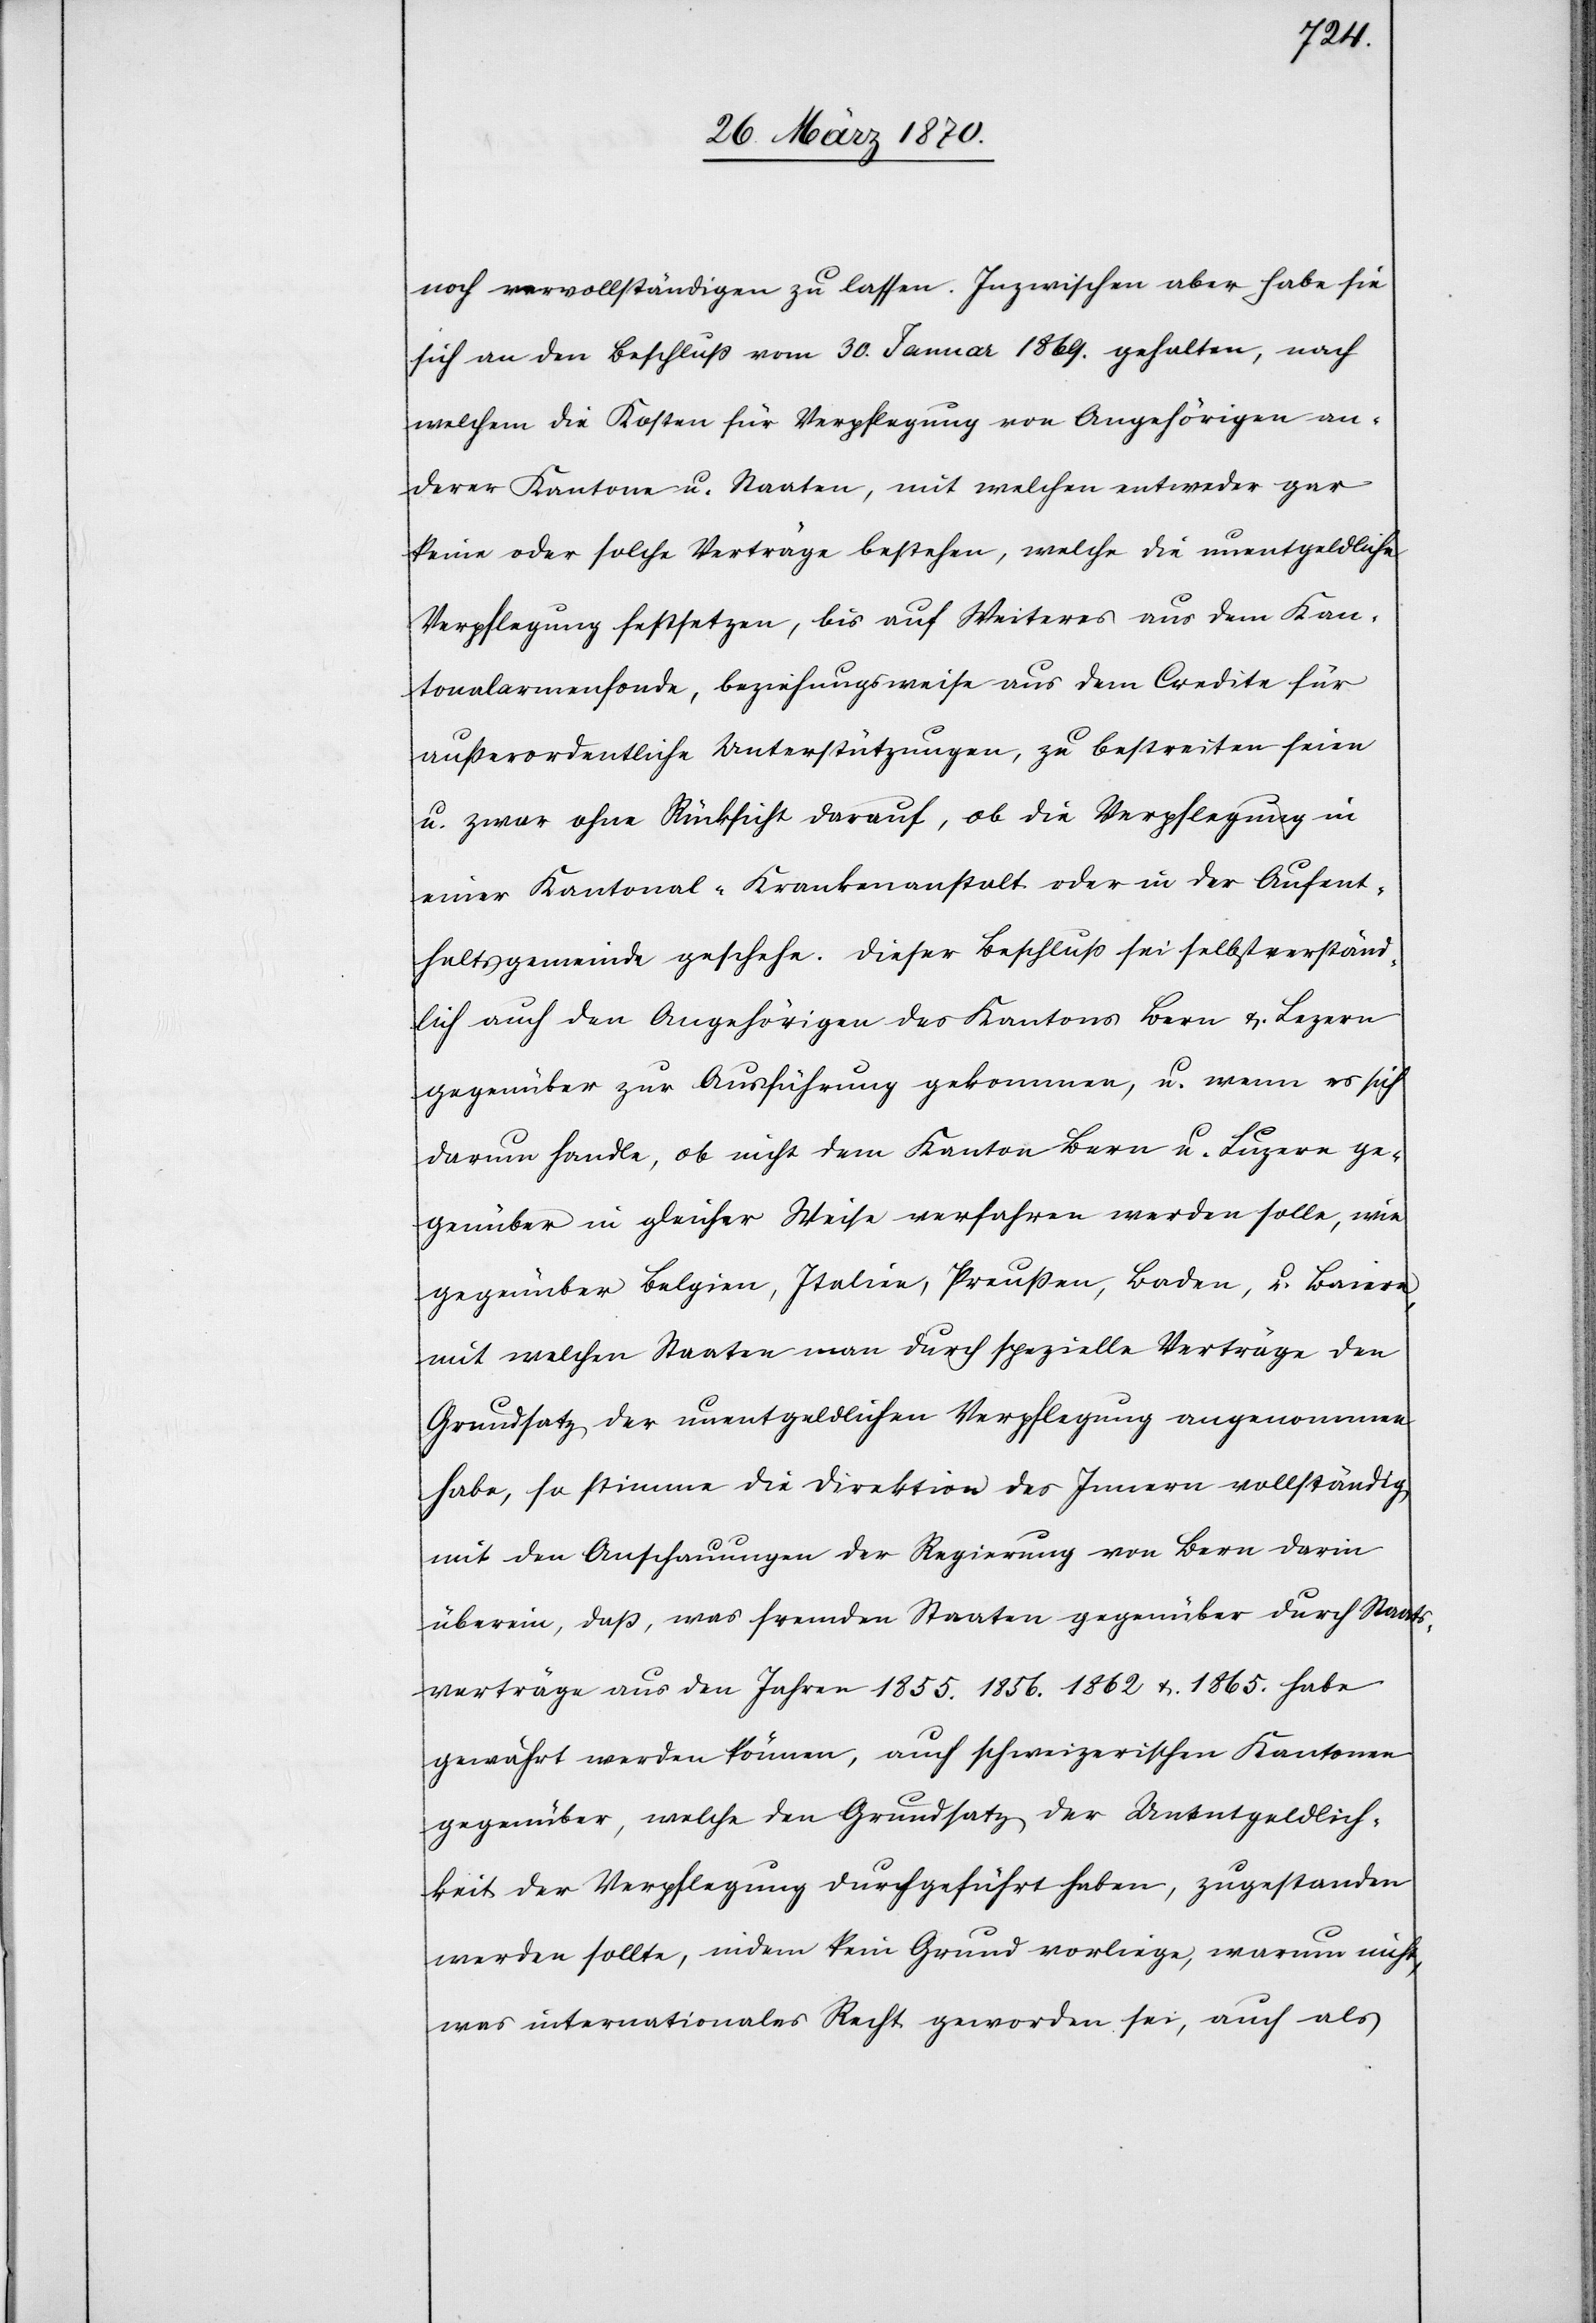
noch vervollständigen zu lassen. Inzwischen aber habe sie
sich an den Beschluß vom 30. Januar 1869. gehalten, nach
welchem die Kosten für Verpflegung von Angehörigen an¬
derer Kantone u. Staaten, mit welchen entweder gar
keine oder solche Verträge bestehen, welche die unentgeldliche
Verpflegung festsetzen, bis auf Weiteres aus dem Kan¬
tonalarmenfonde, beziehungsweise aus dem Credite für
außerordentliche Unterstützungen, zu bestreiten seien
u. zwar ohne Rücksicht darauf, ob die Verpflegung in
einer Kantonal-Krankenanstalt oder in der Aufent¬
haltsgemeinde geschehe. Dieser Beschluß sei selbstverständ¬
lich auch den Angehörigen des Kantons Bern & Lezern
gegenüber zur Ausführung gekommen, u. wenn es sich
darum handle, ob nicht dem Kanton Bern u. Luzern ge¬
genüber in gleicher Weise verfahren werden solle, wie
gegenüber Belgien, Italien, Preußen, Baden, u. Baiern,
mit welchen Staaten man durch spezielle Verträge den
Grundsatz der unentgeldlichen Verpflegung angenommen
habe, so stimme die Direktion des Innern vollständig
mit den Anschauungen der Regierung von Bern darin
überein, daß, was fremden Staaten gegenüber durch Staats¬
verträge aus den Jahren 1855. 1856. 1862 & 1865. habe
gewährt werden können, auch schweizerischen Kantonen
gegenüber, welche den Grundsatz der Unentgeldlich¬
keit der Verpflegung durchgeführt haben, zugestanden
werden sollte, indem kein Grund vorliege, warum nicht,
was internationales Recht geworden sei, auch als